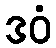
ဒဝံ